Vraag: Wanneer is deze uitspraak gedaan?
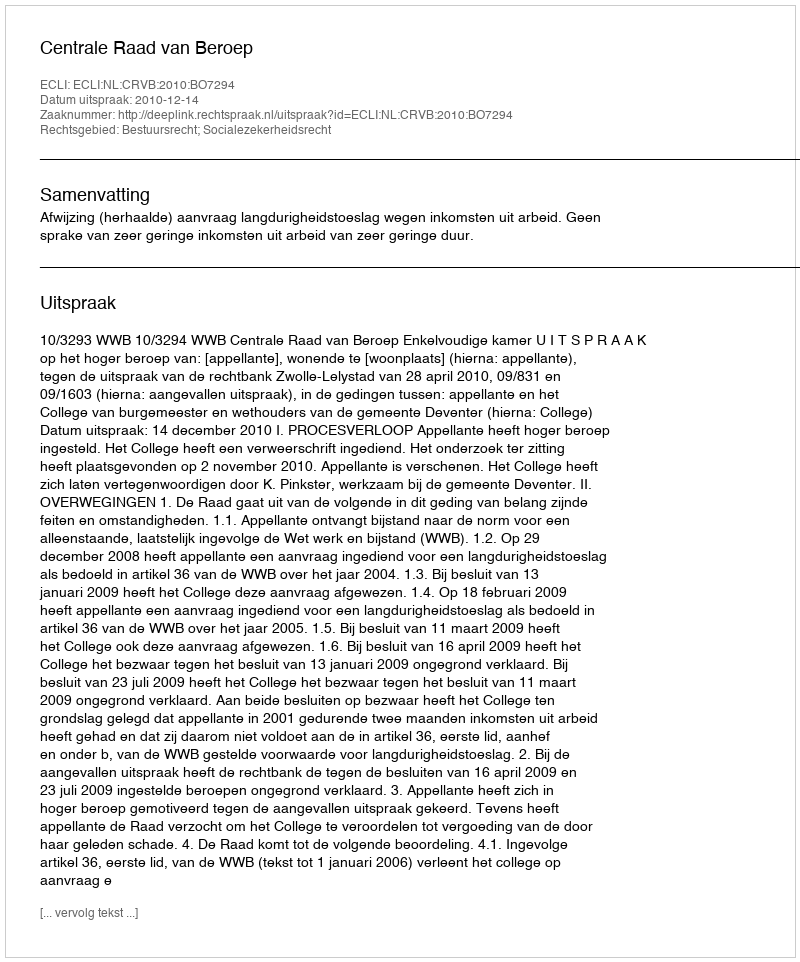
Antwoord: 2010-12-14